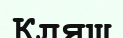
Кляш